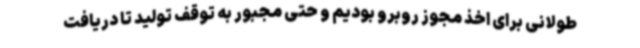
طولانی برای اخذ مجوز روبرو بودیم و حتی مجبور به توقف تولید تا دریافت